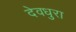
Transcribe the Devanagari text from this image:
देवधुरा